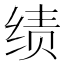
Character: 绩